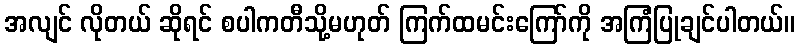
အလျင် လိုတယ် ဆိုရင် စပါကတီသို့မဟုတ် ကြက်ထမင်းကြော်ကို အကြံပြုချင်ပါတယ်။